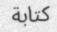
كتابة